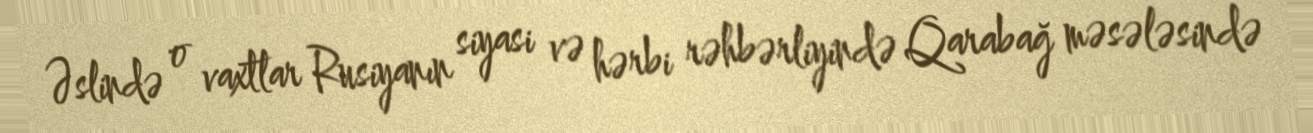
Əslində o vaxtlar Rusiyanın siyasi və hərbi rəhbərliyində Qarabağ məsələsində